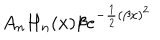
A _ { n } H _ { n } ( x ) \beta e ^ { - \frac { 1 } { 2 } ( \beta x ) ^ { 2 } }